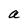
Character: a